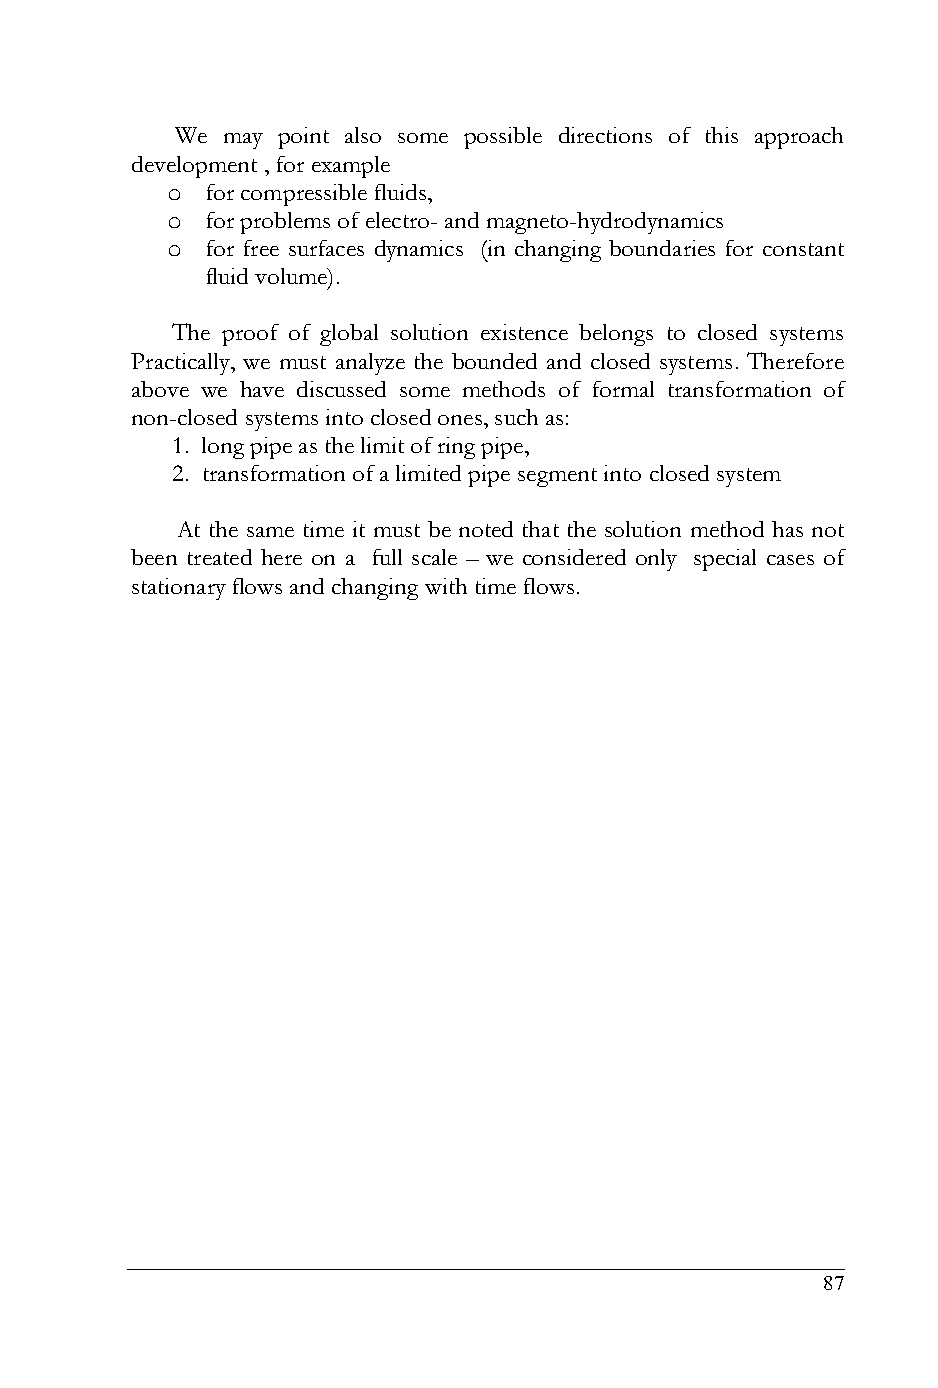
We may point also some possible directions of this approach
 development , for example
 o  for compressible fluids,
 o  for problems of electro- and magneto-hydrodynamics
 o  for free surfaces dynamics (in changing boundaries for constant
 fluid volume).
 The proof of global solution existence belongs to closed systems
 Practically, we must analyze the bounded and closed systems. Therefore
 above we have discussed some methods of formal transformation of
 non-closed systems into closed ones, such as:
 1. long pipe as the limit of ring pipe,
 2. transformation of a limited pipe segment into closed system
 At the same time it must be noted that the solution method has not
 been treated here on a full scale – we considered only special cases of
 stationary flows and changing with time flows.
 87